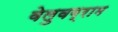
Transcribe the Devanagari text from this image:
वेलुवग्राम